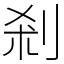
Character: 剎